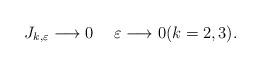
LaTeX: \begin{align*} J_{k,\varepsilon}\longrightarrow 0\quad\;\varepsilon\longrightarrow 0(k=2,3).\end{align*}